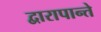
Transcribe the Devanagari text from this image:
द्वारापान्ते